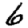
Digit: 6